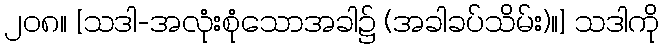
၂၀၈။ [သဒါ-အလုံးစုံသောအခါ၌ (အခါခပ်သိမ်း)။] သဒါကို